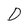
Character: D